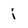
Character: j